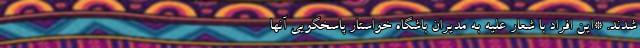
شدند. *این افراد با شعار علیه به مدیران باشگاه خواستار پاسخگویی آنها